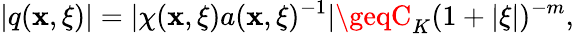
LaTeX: |q(\mathbf{x},\xi)|=|\chi(\mathbf{x},\xi)a(\mathbf{x},\xi)^{-1}|\geqC_{K}(1+|\xi|)^{-m},